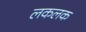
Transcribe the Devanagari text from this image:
लकलक